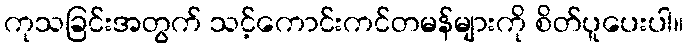
ကုသခြင်းအတွက် သင့်ကောင်းကင်တမန်များကို စိတ်ပူပေးပါ။